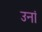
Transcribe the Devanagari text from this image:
उनां